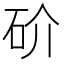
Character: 砎